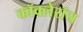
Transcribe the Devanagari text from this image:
कॉक्लेरॉय